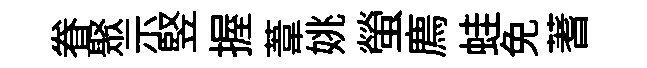
眷聚示竪握葦姚螢廌蛙免蓍